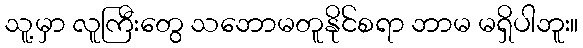
သူ့မှာ လူကြီးတွေ သဘောမတူနိုင်စရာ ဘာမ မရှိပါဘူး။